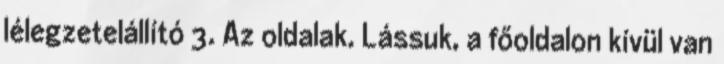
lélegzetelállító 3. Az oldalak. Lássuk, a főoldalon kívül van